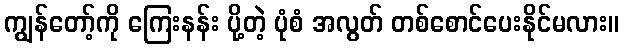
ကျွန်တော့်ကို ကြေးနန်း ပို့တဲ့ ပုံစံ အလွတ် တစ်စောင်ပေးနိုင်မလား။